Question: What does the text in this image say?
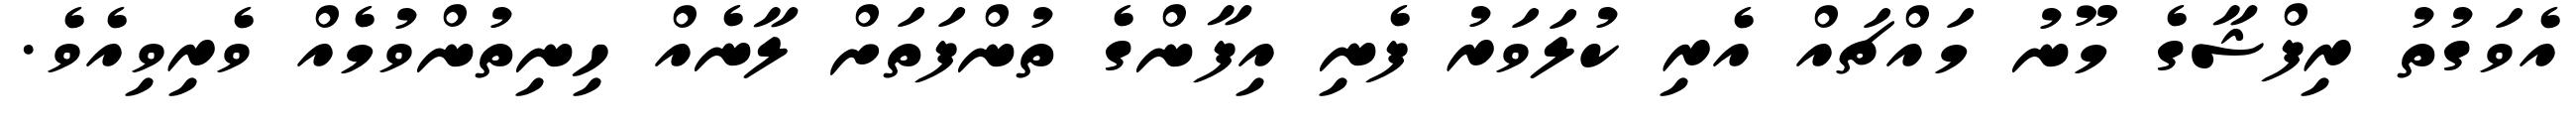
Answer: އެވަގުތު ރިފްޝާގެ މޫނު މައްޗައް އެރި ކުލަވަރު ފެނި އިފާންގެ ތުންފަތަށް ލާނެއް ހިނިތުންވުމެއް ވެރިވިއެވެ.